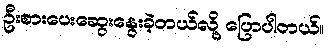
ဦးစားပေးဆွေးနွေးခဲ့တယ်လို့ ပြောပါတယ်။